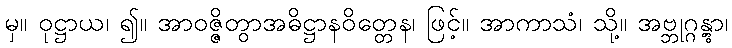
မှ။ ဝုဋ္ဌာယ၊ ၍။ အာဝဇ္ဇိတွာအဓိဋ္ဌာနဝိတ္တေန၊ ဖြင့်။ အာကာသံ၊ သို့။ အဗ္ဘုဂ္ဂန္တွာ၊